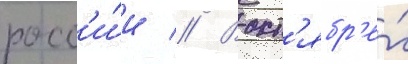
росс'и́и // В окт'ябр'е́